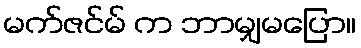
မက်ဇင်မ် က ဘာမျှမပြော။